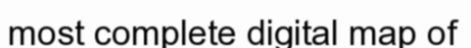
most complete digital map of